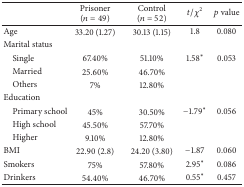
<table><thead><tr><td><b> </b></td><td><b>Prisoner (<i>n</i> = 49)</b></td><td><b>Control (<i>n</i> = 52)</b></td><td><b><i>t</i>/<i>χ</i><sup>2</sup></b></td><td><b><i>p</i> value</b></td></tr></thead><tbody><tr><td>Age</td><td>33.20 (1.27)</td><td>30.13 (1.15)</td><td>1.8</td><td>0.080 </td></tr><tr><td>Marital status</td><td> </td><td> </td><td> </td><td> </td></tr><tr><td> Single</td><td>67.40%</td><td>51.10%</td><td>1.58<sup><i>∗</i></sup></td><td>0.053 </td></tr><tr><td> Married</td><td>25.60%</td><td>46.70%</td><td> </td><td> </td></tr><tr><td> Others</td><td>7%</td><td>12.80%</td><td> </td><td></td></tr><tr><td>Education</td><td> </td><td> </td><td> </td><td> </td></tr><tr><td> Primary school</td><td>45%</td><td>30.50%</td><td>−1.79<sup><i>∗</i></sup></td><td>0.056 </td></tr><tr><td> High school </td><td>45.50%</td><td>57.70%</td><td> </td><td> </td></tr><tr><td> Higher</td><td>9.10%</td><td>12.80%</td><td> </td><td></td></tr><tr><td>BMI</td><td>22.90 (2.8)</td><td>24.20 (3.80)</td><td>−1.87</td><td>0.060 </td></tr><tr><td>Smokers</td><td>75%</td><td>57.80%</td><td>2.95<sup><i>∗</i></sup></td><td>0.086 </td></tr><tr><td>Drinkers</td><td>54.40%</td><td>46.70%</td><td>0.55<sup><i>∗</i></sup></td><td>0.457 </td></tr></tbody></table>